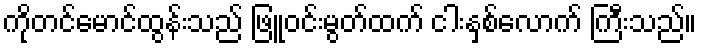
ကိုတင်မောင်ထွန်းသည် ဖြူဝင်းမွတ်ထက် ငါးနှစ်လောက် ကြီးသည်။